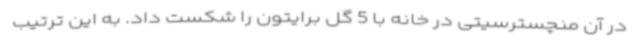
در آن منچسترسیتی در خانه با 5 گل برایتون را شکست داد. به این ترتیب